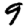
Digit: 9